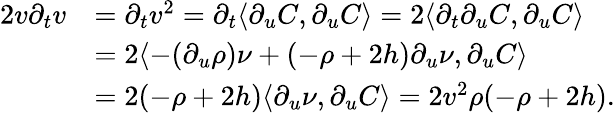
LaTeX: \begin{array}{rl}{2v\partial_{t}v}&{=\partial_{t}v^{2}=\partial_{t}\langle\partial_{u}C,\partial_{u}C\rangle=2\langle\partial_{t}\partial_{u}C,\partial_{u}C\rangle}\\ &{=2\langle-(\partial_{u}\rho)\nu+(-\rho+2h)\partial_{u}\nu,\partial_{u}C\rangle}\\ &{=2(-\rho+2h)\langle\partial_{u}\nu,\partial_{u}C\rangle=2v^{2}\rho(-\rho+2h).}\end{array}